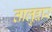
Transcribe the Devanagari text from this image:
तालुद्दार